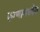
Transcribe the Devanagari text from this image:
रुग्णामध्येच